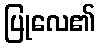
ပြုလေ၏